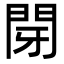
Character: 閕